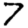
Digit: 7